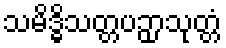
သမိဒ္ဓိသတ္တပဉှာသုတ္တံ